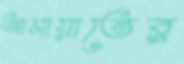
আমায়াতের